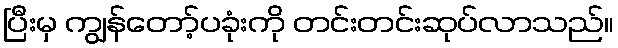
ပြီးမှ ကျွန်တော့်ပခုံးကို တင်းတင်းဆုပ်လာသည်။